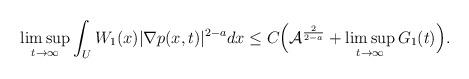
LaTeX: \begin{align*}\begin{aligned} &\limsup_{t\to\infty}\int_U W_1(x)|\nabla p(x,t)|^{2-a} dx \le C\Big(\mathcal A^\frac 2{2-a} + \limsup_{t\to\infty} G_1(t)\Big).\end{aligned}\end{align*}